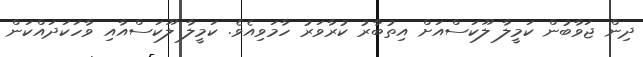
ދިން ޖަވާބުން ކަމީލާ ލޫކަސްއަށް އިތުބާރު ކުރާވަރު ހާމަވިއެވެ. ކަމީލާ ލޫކަސްއާއި ވާހަކަދައްކަން